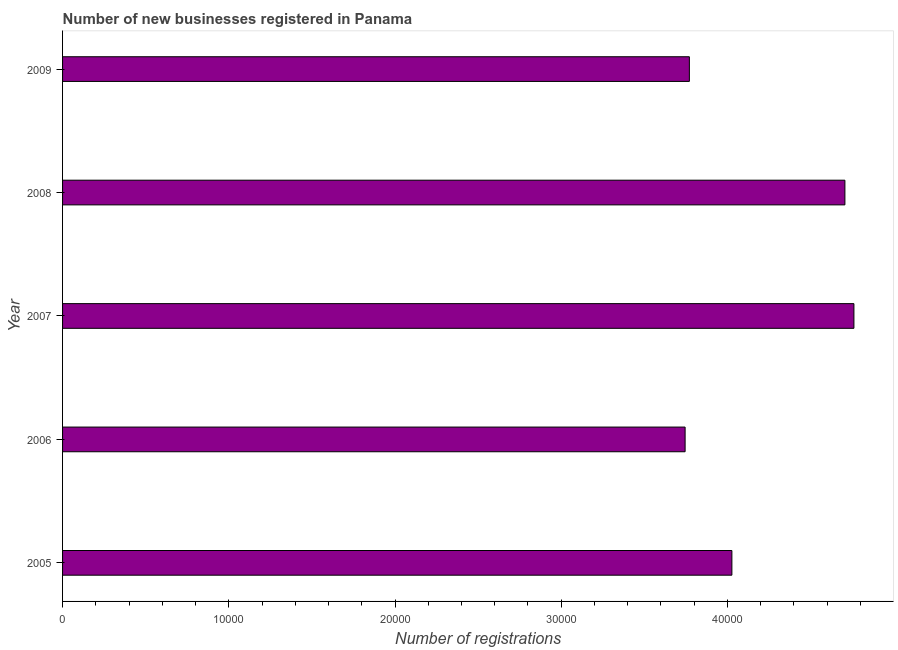
| Year | New businesses |
 | --- | --- |
 | 2005 | 4.03e+04 |
 | 2006 | 3.75e+04 |
 | 2007 | 4.76e+04 |
 | 2008 | 4.71e+04 |
 | 2009 | 3.77e+04 |